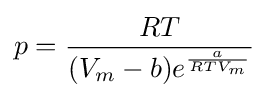
p={\frac {RT}{{(V_{m}-b)}e^{\frac {a}{RTV_{m}}}}}